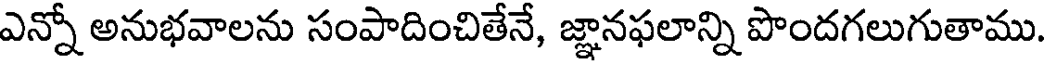
ఎన్నో అనుభవాలను సంపాదించితేనే, జ్ఞానఫలాన్ని పొందగలుగుతాము.